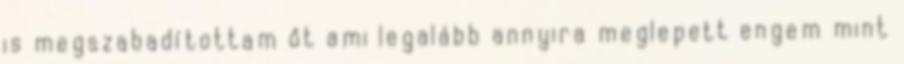
is megszabadítottam őt ami legalább annyira meglepett engem mint